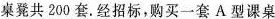
桌凳共200套.经招标，购买一套A型课桌